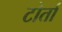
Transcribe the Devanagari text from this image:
टोर्ता